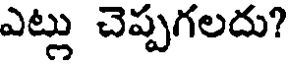
ఎట్లు చెప్పగలదు?